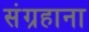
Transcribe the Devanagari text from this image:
संग्रहाना